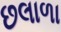
છલાળા